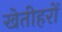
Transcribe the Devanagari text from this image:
खेतीहरों